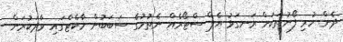
ދެން ހުރި ފޯނުތަކަށް ރަނގަޅު އެޕް ސްޓޯރެއް ނެތުމުގެ ސަބަބުން މާކެޓްގައި ވާދަކުރަން